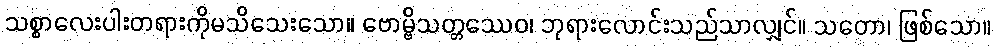
သစ္စာလေးပါးတရားကိုမသိသေးသော။ ဗောမ္ဗိသတ္တဿေဝ၊ ဘုရားလောင်းသည်သာလျှင်။ သတော၊ ဖြစ်သော။